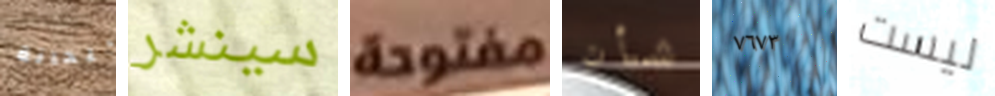
للحانة سينشر مفتوحة شأن ٧٦٧٣ ليست